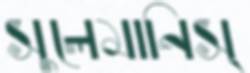
সুলেমানিস্